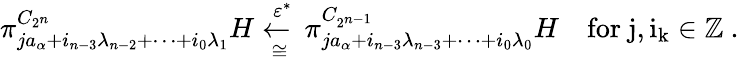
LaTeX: \pi_{ja_{\alpha}+i_{n-3}\lambda_{n-2}+\cdots+i_{0}\lambda_{1}}^{C_{2^{n}}}H\underset{\cong}{\xleftarrow{\varepsilon^{*}}}\pi_{ja_{\alpha}+i_{n-3}\lambda_{n-3}+\cdots+i_{0}\lambda_{0}}^{C_{2^{n-1}}}H\quad\mathrm{for~j,i_k\in\mathbb{Z}~}.